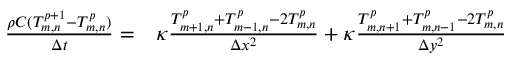
\begin{array} { r l } { \frac { \rho C ( T _ { m , n } ^ { p + 1 } - T _ { m , n } ^ { p } ) } { \Delta t } = } & { { } \kappa \frac { T _ { m + 1 , n } ^ { p } + T _ { m - 1 , n } ^ { p } - 2 T _ { m , n } ^ { p } } { \Delta x ^ { 2 } } + \kappa \frac { T _ { m , n + 1 } ^ { p } + T _ { m , n - 1 } ^ { p } - 2 T _ { m , n } ^ { p } } { \Delta y ^ { 2 } } } \end{array}